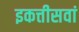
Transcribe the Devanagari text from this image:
इकत्तीसवां